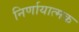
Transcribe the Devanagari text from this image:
निर्णायात्मक